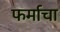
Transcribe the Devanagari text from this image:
फर्माचा